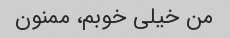
من خیلی خوبم، ممنون